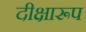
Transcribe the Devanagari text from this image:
दीक्षारूप